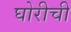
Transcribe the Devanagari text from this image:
घोरीची